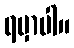
ရမှာပါ။